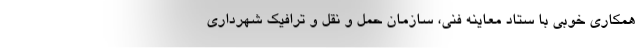
همکاری خوبی با ستاد معاینه فنی، سازمان حمل و نقل و ترافیک شهرداری